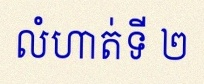
លំហាត់ទី ២